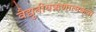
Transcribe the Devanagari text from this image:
वैद्युतीयऋणात्मकता